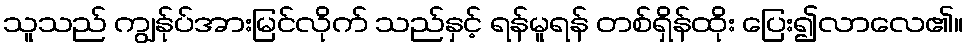
သူသည် ကျွန်ုပ်အားမြင်လိုက် သည်နှင့် ရန်မူရန် တစ်ရှိန်ထိုး ပြေး၍လာလေ၏။